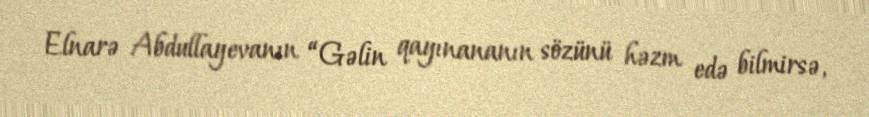
Elnarə Abdullayevanın “Gəlin qayınananın sözünü həzm edə bilmirsə,